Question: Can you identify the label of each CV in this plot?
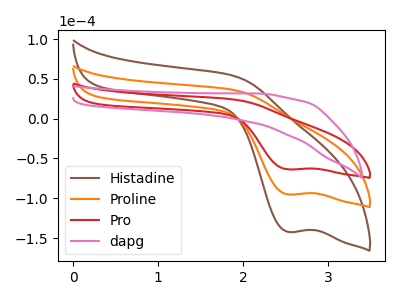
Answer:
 <answer>The brown curve is labeled "Histadine". The orange curve is labeled "Proline". The red curve is labeled "Pro". The pink curve is labeled "dapg".</answer>
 <eval></eval>